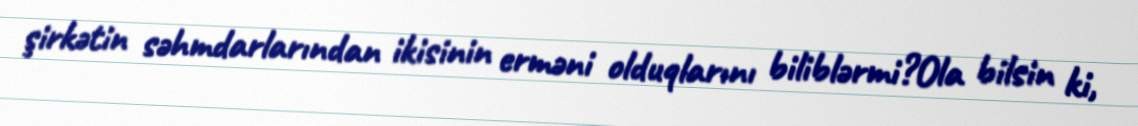
şirkətin səhmdarlarından ikisinin erməni olduqlarını biliblərmi?Ola bilsin ki,